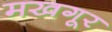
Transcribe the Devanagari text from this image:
मखगूर